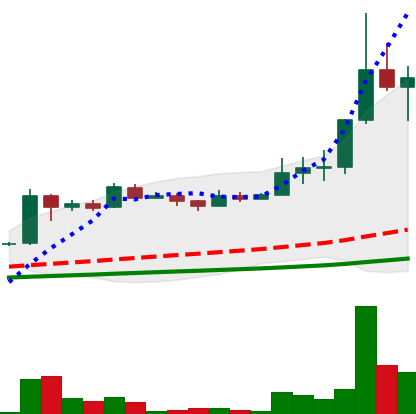
Ticker: LINK-USD
Chart end date: 2019-07-01
Forward return: -3.204%
Label: down_3_5